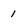
Character: 1